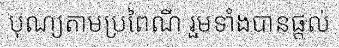
បុណ្យតាមប្រពៃណី រួមទាំងបានផ្តល់